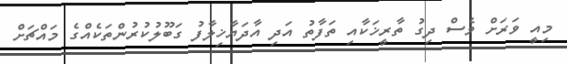
މިއީ ވަރަށް ވެސް ދިގު ތާރީޚަކާއި ތަފާތު އަދި އާދަޔާޚިލާފު ގަބޫލުކުރުންތަކެއްގެ މައްޗަށް